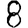
Digit: 8